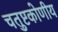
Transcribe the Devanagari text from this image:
चतुष्टकोणीय